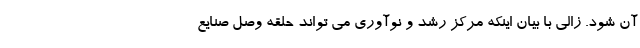
آن شود. زالی با بیان اینکه مرکز رشد و نوآوری می تواند حلقه وصل صنایع